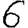
Digit: 6